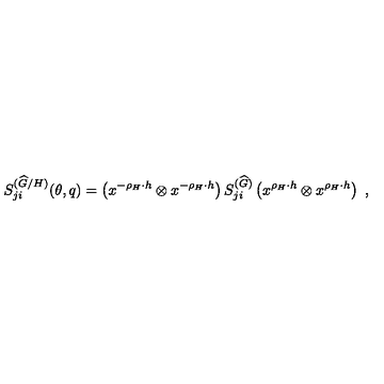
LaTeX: S _ { j i } ^ { ( { \widehat G } / H ) } ( \theta , q ) = \left( x ^ { - \rho _ { H } \cdot h } \otimes x ^ { - \rho _ { H } \cdot h } \right) S _ { j i } ^ { ( { \widehat G } ) } \left( x ^ { \rho _ { H } \cdot h } \otimes x ^ { \rho _ { H } \cdot h } \right) \ ,